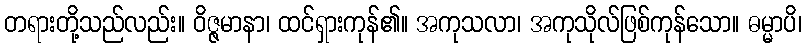
တရားတို့သည်လည်း။ ဝိဇ္ဇမာနာ၊ ထင်ရှားကုန်၏။ အကုသလာ၊ အကုသိုလ်ဖြစ်ကုန်သော။ ဓမ္မာပိ၊